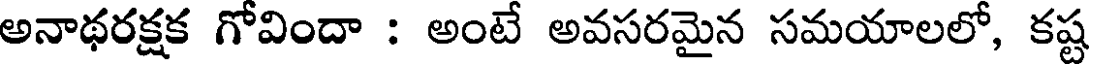
అనాథరక్షక గోవిందా : అంటే అవసరమైన సమయాలలో, కష్ట